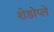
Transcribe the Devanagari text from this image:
शेडोप्ले